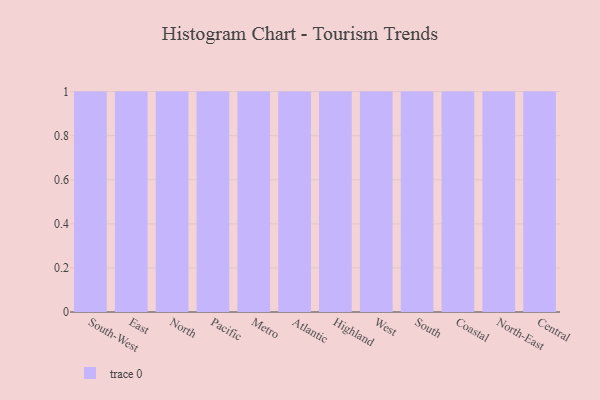
{"axis": {"x": "Region", "y": "Market Share (%)"}, "legend": [""], "data": [{"x": "South-West", "y": 9, "type": ""}, {"x": "East", "y": 25, "type": ""}, {"x": "North", "y": 17, "type": ""}, {"x": "Pacific", "y": 80, "type": ""}, {"x": "Metro", "y": 9, "type": ""}, {"x": "Atlantic", "y": 9, "type": ""}, {"x": "Highland", "y": 68, "type": ""}, {"x": "West", "y": 82, "type": ""}, {"x": "South", "y": 41, "type": ""}, {"x": "Coastal", "y": 3, "type": ""}, {"x": "North-East", "y": 5, "type": ""}, {"x": "Central", "y": 49, "type": ""}]}